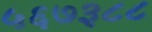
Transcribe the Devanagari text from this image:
५६७३८८